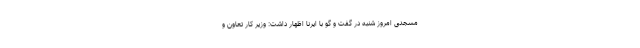
مسجدی امروز شنبه در گفت و گو با ایرنا اظهار داشت: وزیر کار تعاون و